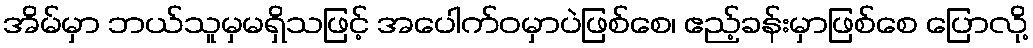
အိမ်မှာ ဘယ်သူမှမရှိသဖြင့် အပေါက်ဝမှာပဲဖြစ်စေ၊ ဧည့်ခန်းမှာဖြစ်စေ ပြောလို့